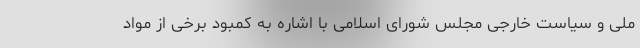
ملی و سیاست خارجی مجلس شورای اسلامی با اشاره به کمبود برخی از مواد